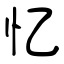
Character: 忆